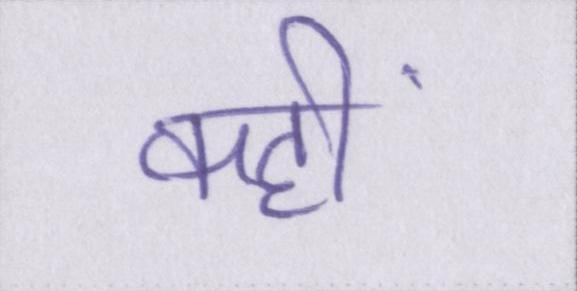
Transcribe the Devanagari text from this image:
कहीं